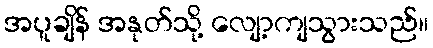
အပူချိန် အနုတ်သို့ လျော့ကျသွားသည်။